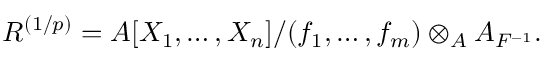
R ^ { ( 1 / p ) } = A [ X _ { 1 } , \ldots , X _ { n } ] / ( f _ { 1 } , \ldots , f _ { m } ) \otimes _ { A } A _ { F ^ { - 1 } } .